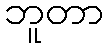
ဘူတာ